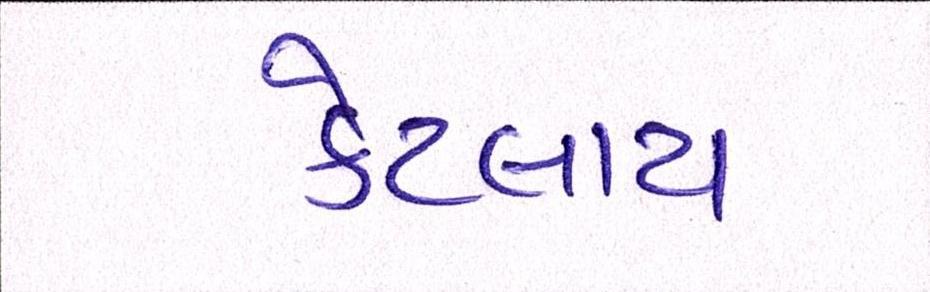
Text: કેટલાય